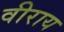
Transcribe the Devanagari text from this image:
वीराय